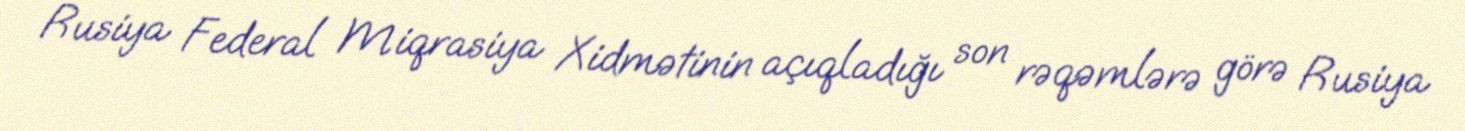
Rusiya Federal Miqrasiya Xidmətinin açıqladığı son rəqəmlərə görə Rusiya